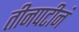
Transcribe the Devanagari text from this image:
तीनपटीनं